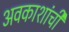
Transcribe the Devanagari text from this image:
अवकाशांची